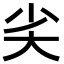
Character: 𡭟